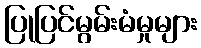
ပြုပြင်မွမ်းမံမှုများ